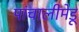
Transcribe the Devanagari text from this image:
पांचालीमेडू